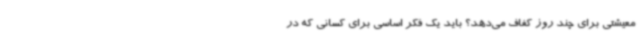
معیشتی برای چند روز کفاف می‌دهد؟ باید یک فکر اساسی برای کسانی که در